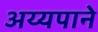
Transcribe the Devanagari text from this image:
अय्यपाने